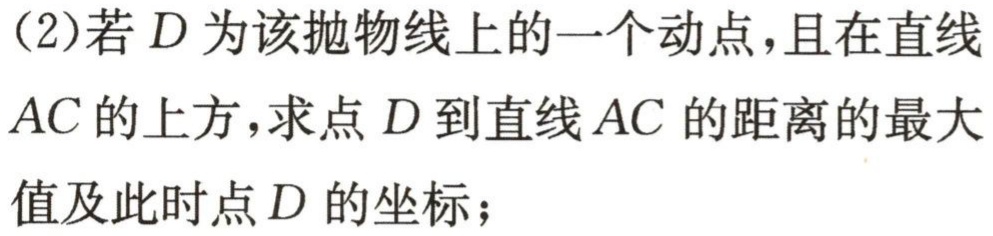
(2)若\(D\)为该抛物线上的一个动点，且在直线\(AC\)的上方，求点\(D\)到直线\(AC\)的距离的最大值及此时点\(D\)的坐标；